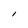
Character: l